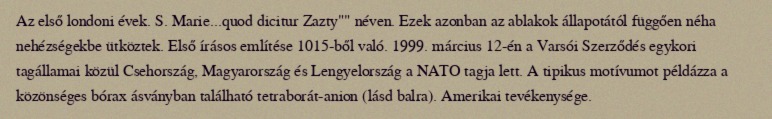
Az első londoni évek. S. Marie...quod dicitur Zazty"" néven. Ezek azonban az ablakok állapotától függően néha nehézségekbe ütköztek. Első írásos említése 1015-ből való. 1999. március 12-én a Varsói Szerződés egykori tagállamai közül Csehország, Magyarország és Lengyelország a NATO tagja lett. A tipikus motívumot példázza a közönséges bórax ásványban található tetraborát-anion (lásd balra). Amerikai tevékenysége.